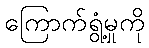
ကြောက်ရွံ့မှုကို